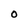
Character: O